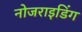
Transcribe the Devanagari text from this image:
नोजराइडिंग